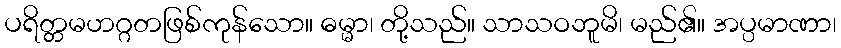
ပရိတ္တမဟဂ္ဂတဖြစ်ကုန်သော။ ဓမ္မာ၊ တို့သည်။ သာသဝဘူမိ၊ မည်၏။ အပ္ပမာဏာ၊